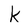
Character: k